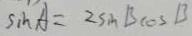
\sin A = 2 \sin B \cos B